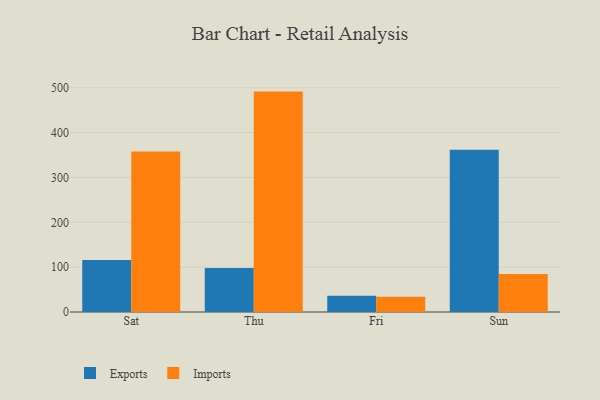
{"axis": {"x": "Day", "y": "Satisfaction Score"}, "legend": ["Exports", "Imports"], "data": [{"x": "Sat", "y": 116.2, "type": "Exports"}, {"x": "Sat", "y": 357.9, "type": "Imports"}, {"x": "Thu", "y": 98.0, "type": "Exports"}, {"x": "Thu", "y": 491.4, "type": "Imports"}, {"x": "Fri", "y": 36.5, "type": "Exports"}, {"x": "Fri", "y": 33.9, "type": "Imports"}, {"x": "Sun", "y": 361.5, "type": "Exports"}, {"x": "Sun", "y": 84.6, "type": "Imports"}]}